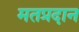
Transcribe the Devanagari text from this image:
मतप्रदान